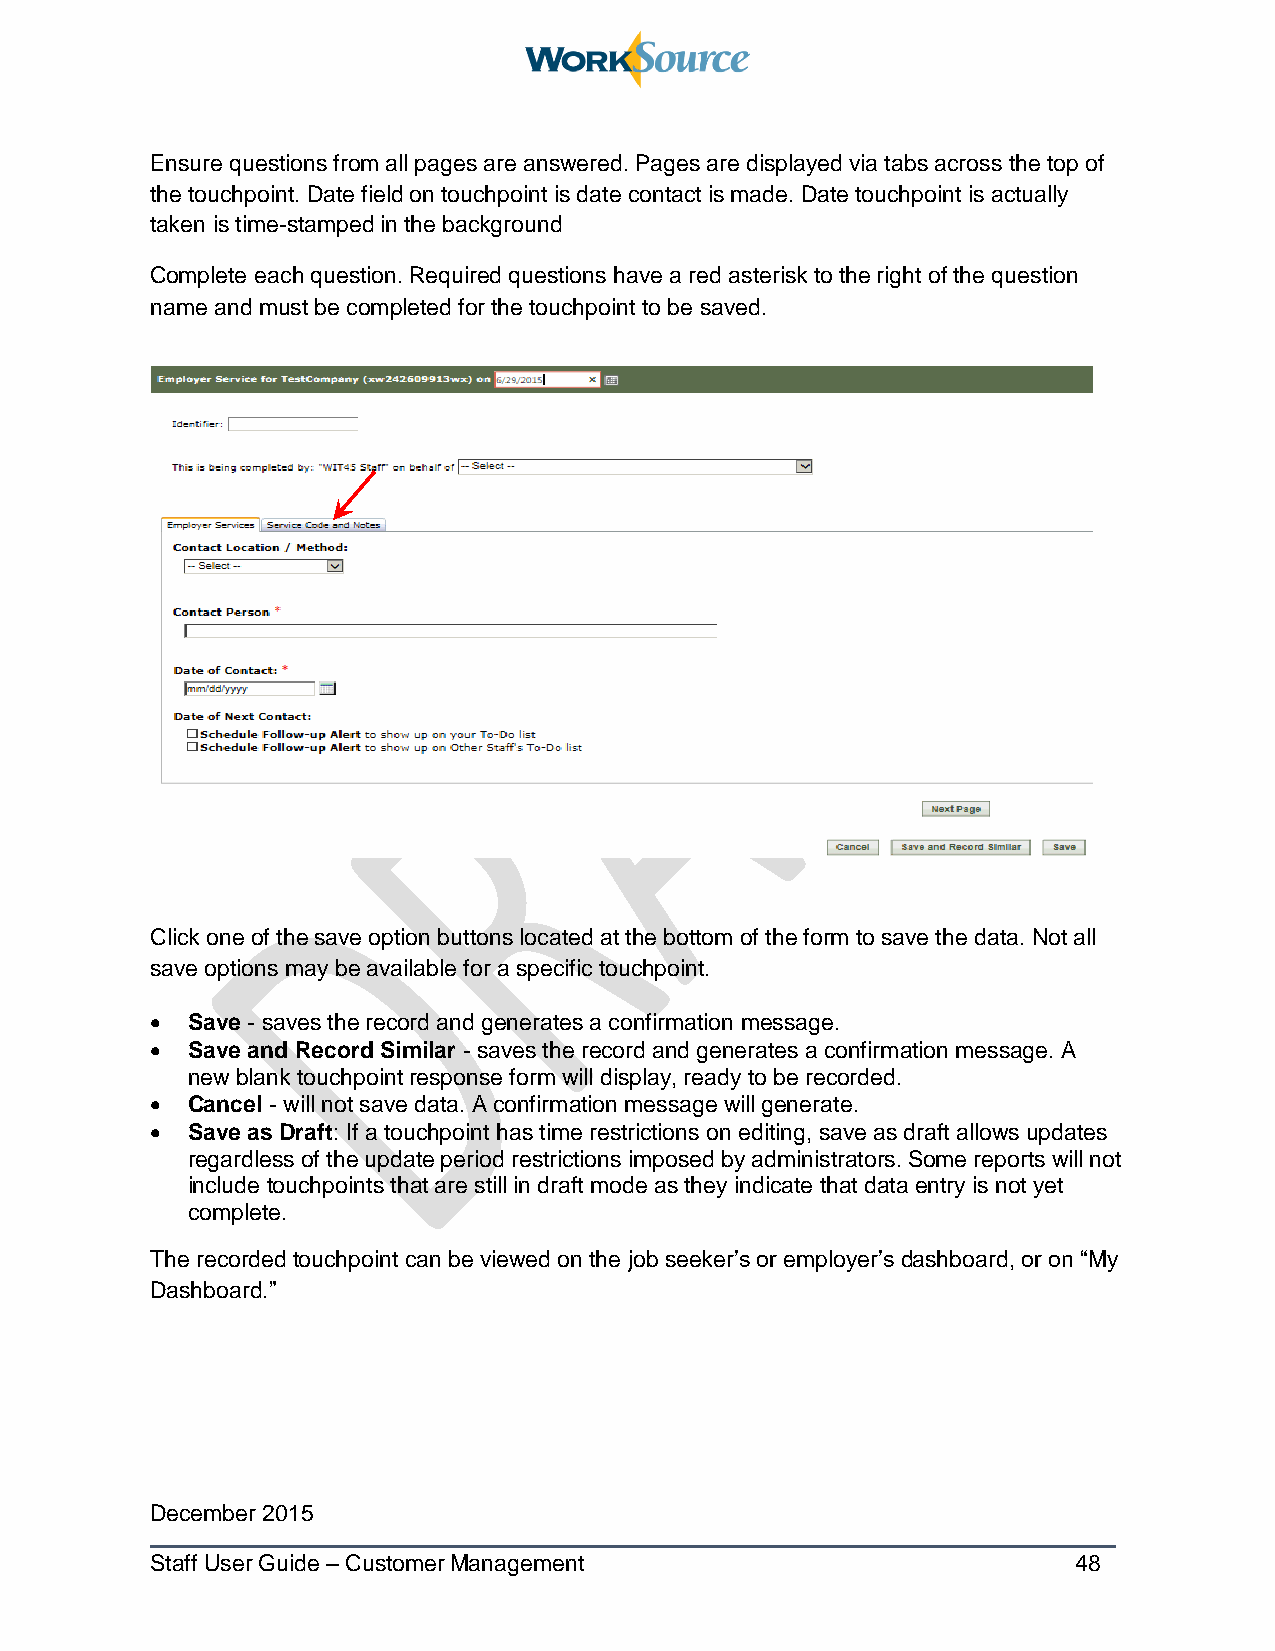
Ensure questions from all pages are answered. Pages are displayed via tabs across the top of
 the touchpoint. Date field on touchpoint is date contact is made. Date touchpoint is actually
 taken is time-stamped in the background
 Complete each question. Required questions have a red asterisk to the right of the question
 name and must be completed for the touchpoint to be saved.
 Click one of the save option buttons located at the bottom of the form to save the data. Not all
 save options may be available for a specific touchpoint.
  Save - saves the record and generates a confirmation message.
  Save and Record Similar - saves the record and generates a confirmation message. A
 new blank touchpoint response form will display, ready to be recorded.
  Cancel - will not save data. A confirmation message will generate.
  Save as Draft: If a touchpoint has time restrictions on editing, save as draft allows updates
 regardless of the update period restrictions imposed by administrators. Some reports will not
 include touchpoints that are still in draft mode as they indicate that data entry is not yet
 complete.
 The recorded touchpoint can be viewed on the job seeker’s or employer’s dashboard, or on “My
 Dashboard.”
 December 2015
 Staff User Guide – Customer Management                       48